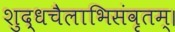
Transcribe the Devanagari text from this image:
शुद्धचैलाभिसंवृतम्।